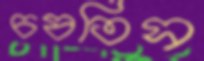
চষতিস